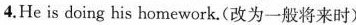
4.He is doing his homework.(改为一般将来时)